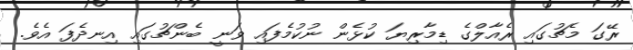
ރޭގަ މެޗުގައި ރެއާލްގެ ޑިމާރިޔަ ކުޅެން ނުކުމެފައި ވަނީ ބެންޗުގައި އިނދެފަ އެވެ.